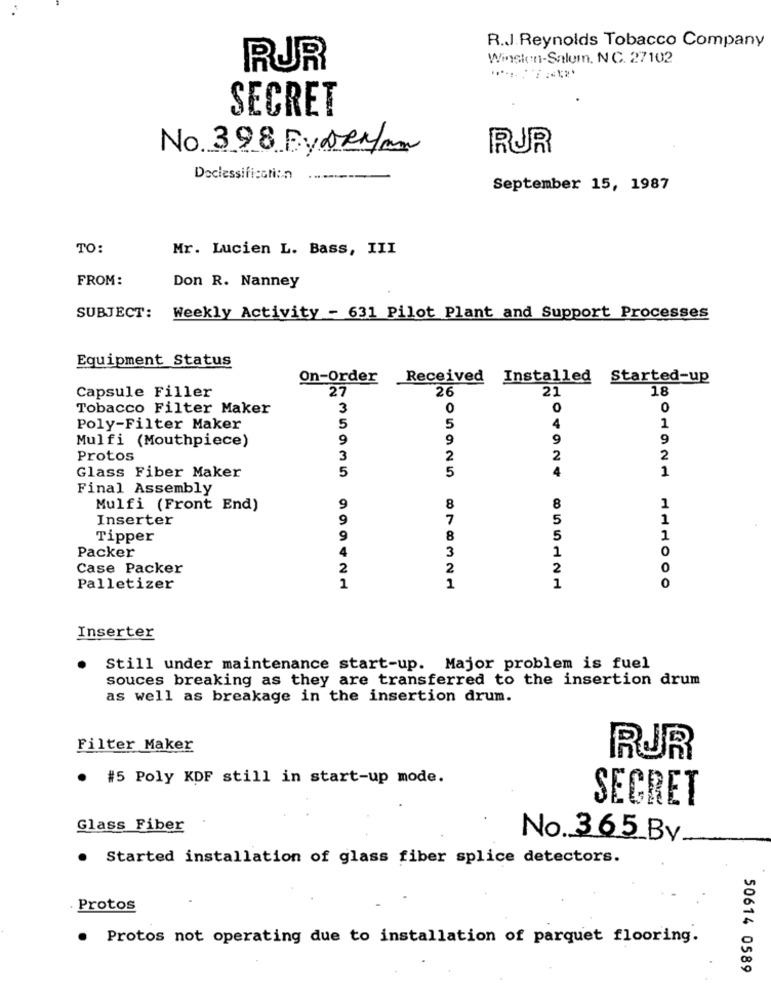
R.J.Reynolds Tobacco Company
Winston-Salem, N C. 27102
RUR
SECRET
No. 398 ByORMan
RUR
Declassification
September 15, 1987
TO:
Mr. Lucien L. Bass, III
FROM:
Don R. Nanney
SUBJECT:
Weekly Activity - 631 Pilot Plant and Support Processes
Equipment Status
On-Order
Received
Installed
Started-up
27
21
18
Capsule Filler
Tobacco Filter Maker
3
O
0
5
Poly-Filter Maker
4
1
Mulfi (Mouthpiece)
9
9
9
Protos
3
2
2
5
4
1
Glass Fiber Maker
05925
Final Assembly
Mulfi (Front End)
9
8
1
Inserter
9
5
1
Tipper
9
5
1
Packer
4
1
O
Case Packer
2
2
2
0
1
0
Palletizer
1
1
878321
Inserter
Still under maintenance start-up. Major problem is fuel
souces breaking as they are transferred to the insertion drum
as well as breakage in the insertion drum.
Filter Maker
RUR
. #5 Poly KDF still in start-up mode.
SECRET
Glass Fiber
No. 365_By
Started installation of glass fiber splice detectors.
. Protos
.
Protos not operating due to installation of parquet flooring.
50614 0589